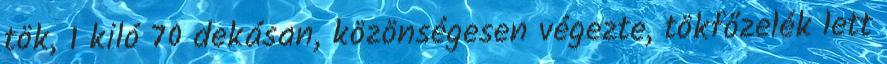
tök, 1 kiló 70 dekásan, közönségesen végezte, tökfőzelék lett